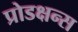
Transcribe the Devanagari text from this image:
प्रोडक्षन्स